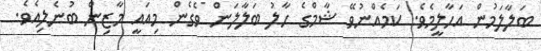
ބަލާލަމުން އަހާލީމެވެ. ކަމެއްނުވޭ ޝާމްގެ ހާލު ބަލާލަން ވެގެން މިއައީ މާޒިން ބުނެލިއެވެ.